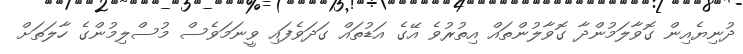
ދުނިޔެއިން ގޮވާލަމުންދާ ގޮވާލުންތައް އިތުރުވެ އޭގެ އަޑުތައް ގަދަވެފައި ވީނަމަވެސް މުސްލިމުންގެ ހާލަތަށް